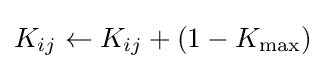
K_{ij}\leftarrow K_{ij}+(1-K_{\max })